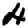
Digit: 4